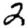
Digit: 2